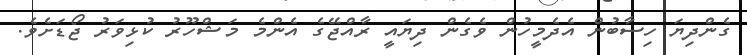
ގެންދިޔަ ހިސާބުން އެދެމީހުން ވެގެން ދިޔައީ ރާއްޖޭގެ އެންމެ މަޝްހޫރު ކުޅިވަރު ޖޯޑަށެވެ.